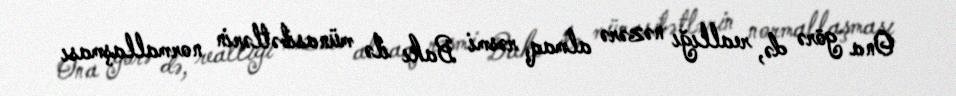
Ona görə də, reallığı nəzərə almaq, rəsmi Bakı ilə münasibətlərin normallaşması